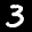
Label: 3